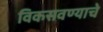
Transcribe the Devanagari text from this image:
विकसवण्याचे